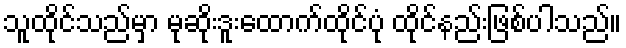
သူထိုင်သည်မှာ မုဆိုးဒူးထောက်ထိုင်ပုံ ထိုင်နည်းဖြစ်ပါသည်။